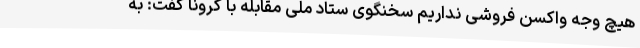
هیچ وجه واکسن فروشی نداریم سخنگوی ستاد ملی مقابله با کرونا گفت: به